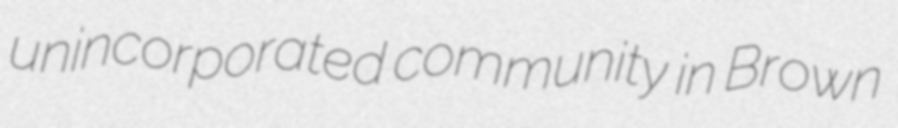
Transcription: unincorporated community in Brown